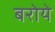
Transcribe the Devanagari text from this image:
बरोये